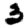
Digit: 3